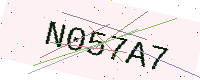
Text: N057A7